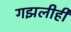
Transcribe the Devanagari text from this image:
गझलीही